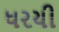
ધરયી